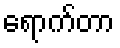
ရောက်တာ